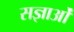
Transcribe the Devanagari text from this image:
सज्ञाओं